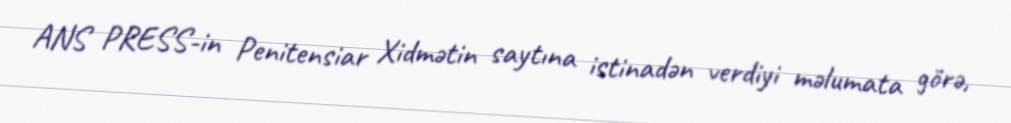
ANS PRESS-in Penitensiar Xidmətin saytına istinadən verdiyi məlumata görə,